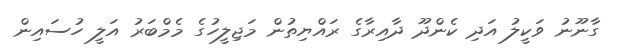
ގާނޫނު ވަކީލު އަދި ކެންދޫ ދާއިރާގެ ރައްޔިތުން މަޖިލީހުގެ މެމްބަރު އަލީ ހުސައިން